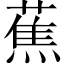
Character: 蕉